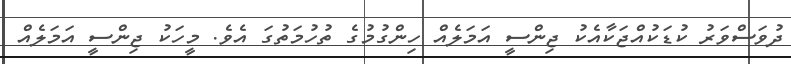
ދުވަސްވަރު ކުޑަކުއްޖަކާއެކު ޖިންްސީ އަމަލެއް ހިންގުމުގެ ތުހުމަތުގަ އެވެ. މީހަކު ޖިންސީ އަމަލެއް